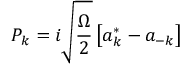
P _ { k } = i \sqrt { \frac \Omega 2 } \left[ a _ { k } ^ { * } - a _ { - k } \right]